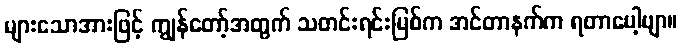
များသောအားဖြင့် ကျွန်တော့်အတွက် သတင်းရင်းမြစ်က အင်တာနက်က ရတာပေါ့ဗျာ။